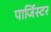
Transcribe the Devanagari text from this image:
पार्जिस्टर